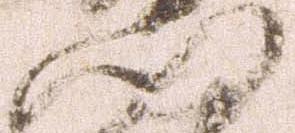
門